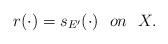
LaTeX: \begin{align*} r(\cdot)=s_{E'}(\cdot) \ \ on\ \ X.\end{align*}